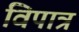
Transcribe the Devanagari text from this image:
विपात्र